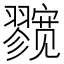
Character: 𱚛